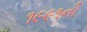
૧૯૯૧ની